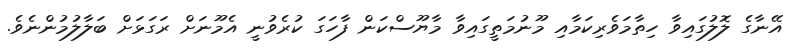
އޭނާގެ ލޮލުގައިވާ ހިތާމަވެރިކަމާއި މޫނުމަތީގައިވާ މާޔޫސްކަން ފާހަގަ ކުރެވުނީ އެމޫނަށް ރަގަޅަށް ބަލާލުމުންނެވެ.